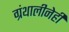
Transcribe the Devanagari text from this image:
ग्रंथालीनेही